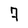
Character: 7